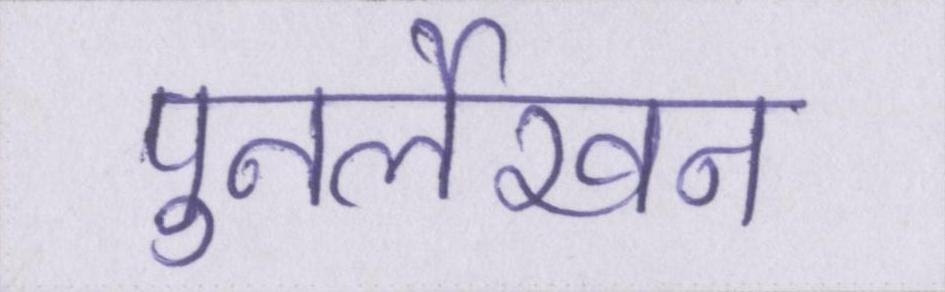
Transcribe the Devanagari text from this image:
पुनर्लेखन